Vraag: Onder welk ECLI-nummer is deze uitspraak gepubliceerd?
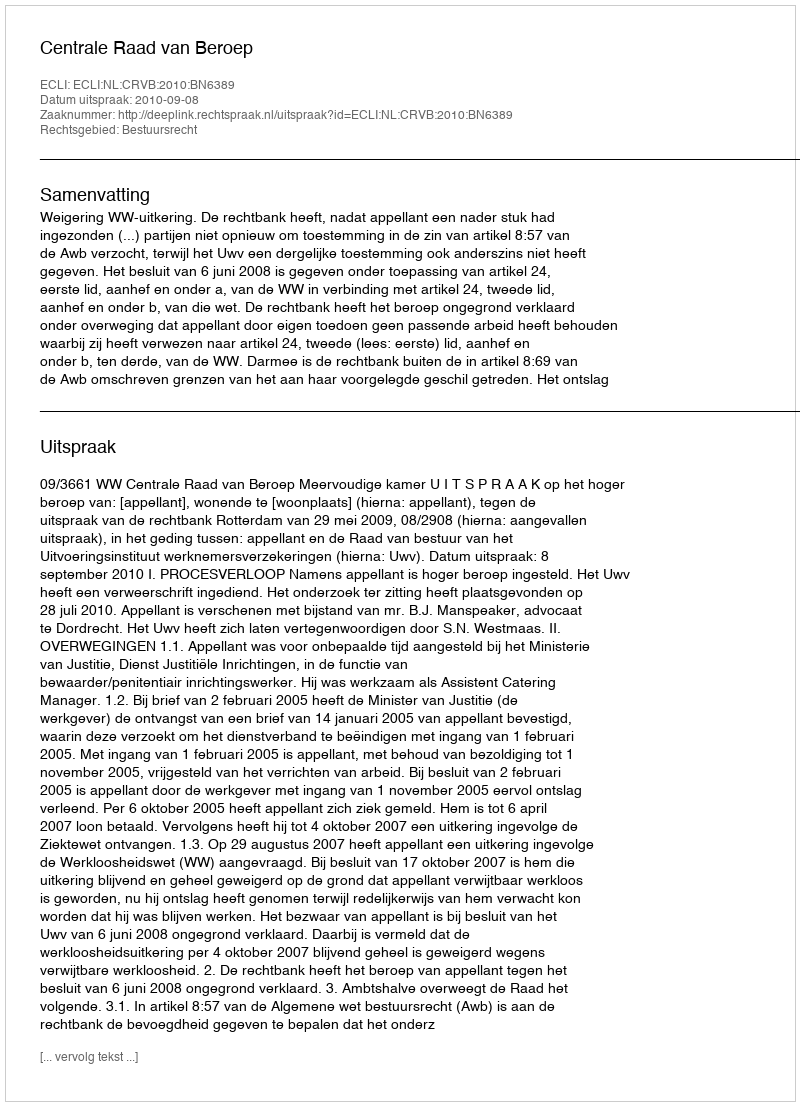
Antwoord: ECLI:NL:CRVB:2010:BN6389